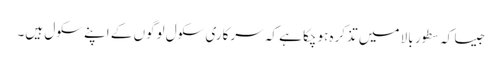
جیسا کہ سطور ِ بالا میں تذکرہ ہوچکا ہے کہ سرکاری سکول لوگوں کے اپنے سکول ہیں۔